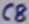
Text: C8